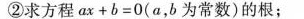
②求方程ax+b=0(α，b为常数)的根；